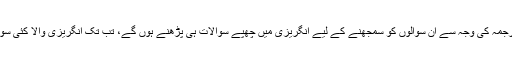
ہندی میں نہایت بے کار ترجمہ کی وجہ سے ان سوالوں کو سمجھنے کے لیے انگریزی میں چھپے سوالات ہی پڑھنے ہوں گے، تب تک انگریزی والا کئی سوالات حل کر چکا ہوتا ہے۔